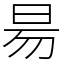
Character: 昜